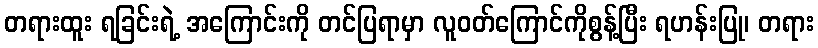
တရားထူး ရခြင်းရဲ့ အကြောင်းကို တင်ပြရာမှာ လူဝတ်ကြောင်ကိုစွန့်ပြီး ရဟန်းပြု၊ တရား